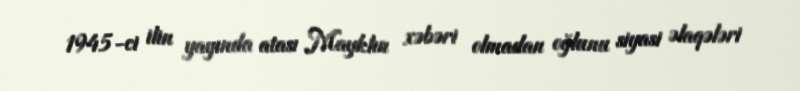
1945-ci ilin yayında atası Mayklın xəbəri olmadan oğlunu siyasi əlaqələri